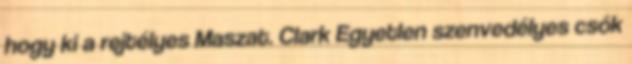
hogy ki a rejtélyes Maszat. Clark Egyetlen szenvedélyes csók